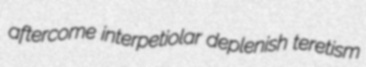
aftercome interpetiolar deplenish teretism